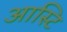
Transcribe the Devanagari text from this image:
आस्टि